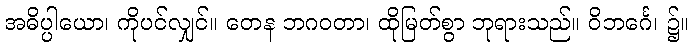
အဓိပ္ပါယော၊ ကိုပင်လျှင်။ တေန ဘဂဝတာ၊ ထိုမြတ်စွာ ဘုရားသည်။ ဝိဘင်္ဂေ၊ ၌။